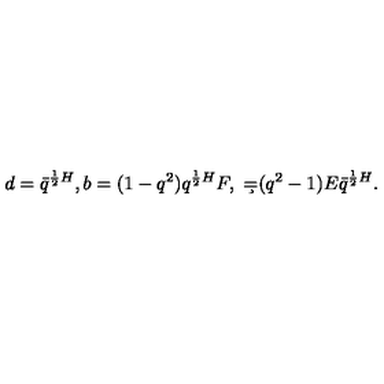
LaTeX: d = \bar { q } ^ { { \frac { 1 } { 2 } } H } , b = ( 1 - q ^ { 2 } ) q ^ { { \frac { 1 } { 2 } } H } F , \ \c = ( q ^ { 2 } - 1 ) E \bar { q } ^ { { \frac { 1 } { 2 } } H } .